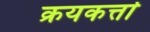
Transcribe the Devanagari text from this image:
क्रयकर्त्ता